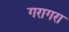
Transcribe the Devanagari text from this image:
गरागरा